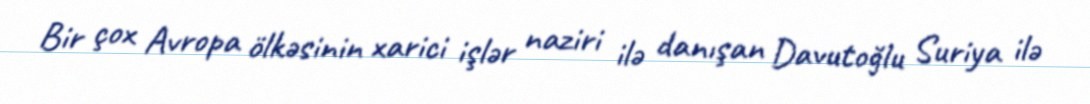
Bir çox Avropa ölkəsinin xarici işlər naziri ilə danışan Davutoğlu Suriya ilə